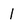
Character: l